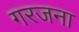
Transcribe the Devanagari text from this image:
गरजना